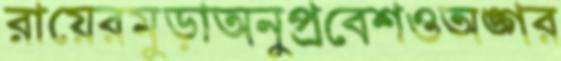
রায়েরমুড়াঅনুপ্রবেশওঅঙ্গর